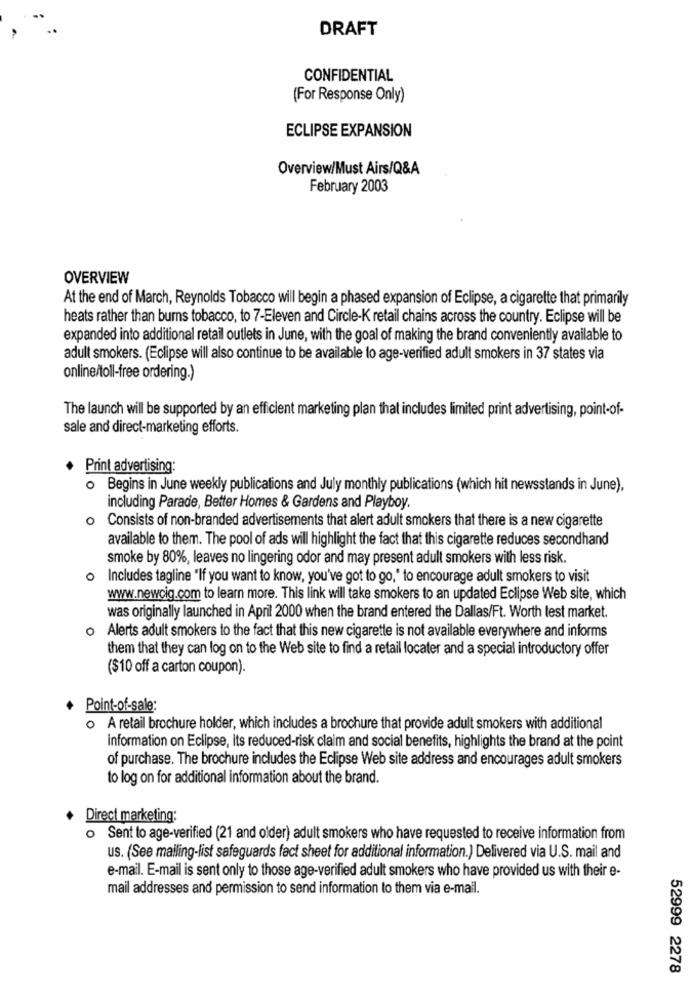
DRAFT
CONFIDENTIAL
(For Response Only)
ECLIPSE EXPANSION
Overview/Must Airs/Q&A
February 2003
OVERVIEW
At the end of March, Reynolds Tobacco will begin a phased expansion of Eclipse, a cigarette that primarily
heats rather than burns tobacco, to 7-Eleven and Circle-K retail chains across the country. Eclipse will be
expanded into additional retail outlets in June, with the goal of making the brand conveniently available to
adult smokers. (Eclipse will also continue to be available to age-verified adult smokers in 37 states via
online/toll-free ordering.)
The launch will be supported by an efficient marketing plan that includes limited print advertising, point-of-
sale and direct-marketing efforts.
Print advertising:
o Begins in June weekly publications and July monthly publications (which hit newsstands in June),
including Parade, Better Homes & Gardens and Playboy.
o Consists of non-branded advertisements that alert adult smokers that there is a new cigarette
available to them. The pool of ads will highlight the fact that this cigarette reduces secondhand
smoke by 80%, leaves no lingering odor and may present adult smokers with less risk.
o Includes tagline "If you want to know, you've got to go," to encourage adult smokers to visit
www.newcig.com to learn more. This link will take smokers to an updated Eclipse Web site, which
was originally launched in April 2000 when the brand entered the Dallas/Ft. Worth test market.
0
Alerts adult smokers to the fact that this new cigarette is not available everywhere and informs
them that they can log on to the Web site to find a retail locater and a special introductory offer
($10 off a carton coupon).
+ Point-of-sale:
A retail brochure holder, which includes a brochure that provide adult smokers with additional
0
Information on Eclipse, its reduced-risk claim and social benefits, highlights the brand at the point
of purchase. The brochure includes the Eclipse Web site address and encourages adult smokers
to log on for additional information about the brand.
Direct marketing:
o Sent to age-verified (21 and older) adult smokers who have requested to receive information from
us. (See mailing-list safeguards fact sheet for additional information.) Delivered via U.S. mail and
e-mail. E-mail is sent only to those age-verified adult smokers who have provided us with their e-
mail addresses and permission to send information to them via e-mail.
52999 2278